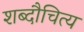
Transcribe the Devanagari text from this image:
शब्दौचित्य